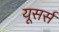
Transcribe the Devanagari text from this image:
यूसर्स